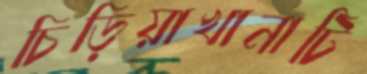
চিড়িয়াখানাটি